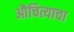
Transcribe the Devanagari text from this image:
औचित्याचा